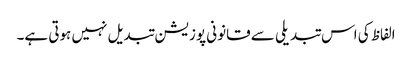
الفاظ کی اس تبدیلی سے قانونی پوزیشن تبدیل نہیں ہوتی ہے۔